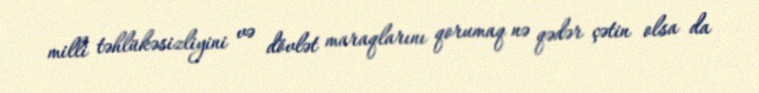
milli təhlükəsizliyini və dövlət maraqlarını qorumaq nə qədər çətin olsa da